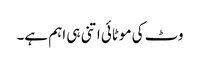
وٹ کی موٹائی اتنی ہی اہم ہے۔